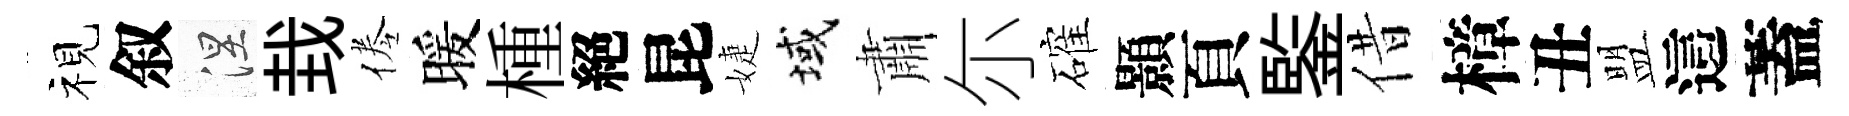
视叙涅㘽倦暖㮔絕昆婕域肅尓確顥頁鍳借樟丑盟這蓋